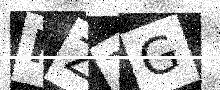
Text: HZTG